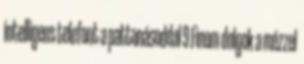
intelligens telefont a pattanásoddal 9 Finom dolgok a mézzel